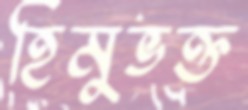
হিমুভক্ত